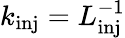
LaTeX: k_{\textrm{inj}}=L_{\textrm{inj}}^{-1}